Civil Veterinary Department Bihar & Orissa reports 1929-36 - 1929-1936
Year: 1929
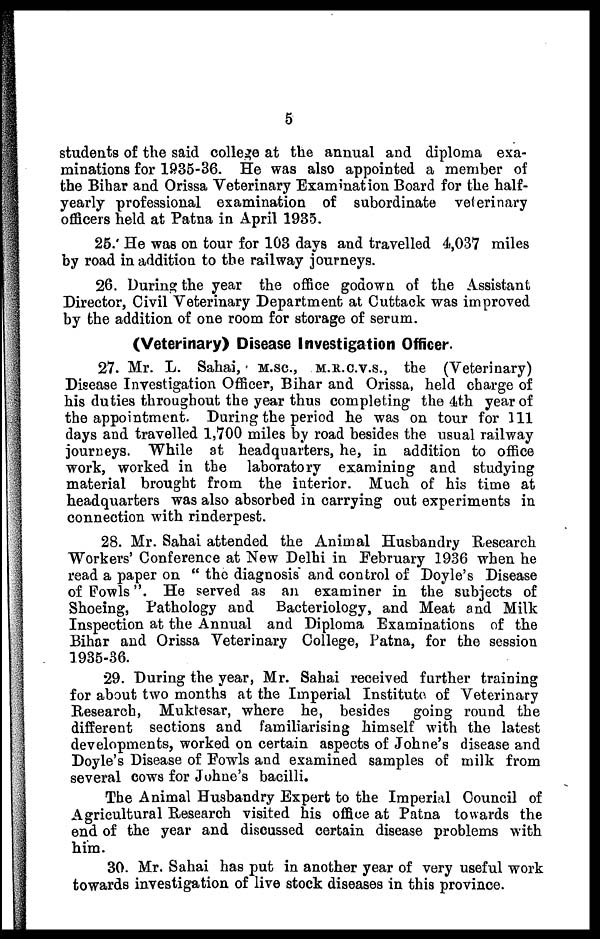
5
students of the said college at the annual and diploma exa-
minations for 1935-36. He was also appointed a member of
the Bihar and Orissa Veterinary Examination Board for the half-
yearly professional examination of subordinate veterinary
officers held at Patna in April 1935.
25. He was on tour for 103 days and travelled 4,037 miles
by road in addition to the railway journeys.
26. During the year the office godown of the Assistant
Director, Civil Veterinary Department at Cuttack was improved
by the addition of one room for storage of serum.
(Veterinary) Disease Investigation Officer.
27. Mr. L. Sahai, M.SC., M.R.C.V.S., the (Veterinary)
Disease Investigation Officer, Bihar and Orissa, held charge of
his duties throughout the year thus completing the 4th year of
the appointment. During the period he was on tour for 111
days and travelled 1,700 miles by road besides the usual railway
journeys. While at headquarters, he, in addition to office
work, worked in the laboratory examining and studying
material brought from the interior. Much of his time at
headquarters was also absorbed in carrying out experiments in
connection with rinderpest.
28. Mr. Sahai attended the Animal Husbandry Research
Workers' Conference at New Delhi in February 1936 when he
read a paper on " the diagnosis and control of Doyle's Disease
of Fowls". He served as an examiner in the subjects of
Shoeing, Pathology and Bacteriology, and Meat and Milk
Inspection at the Annual and Diploma Examinations of the
Bihar and Orissa Veterinary College, Patna, for the session
1935-36.
29. During the year, Mr. Sahai received further training
for about two months at the Imperial Institute of Veterinary
Research, Muktesar, where he, besides
going round the
different sections and familiarising himself with the latest
developments, worked on certain aspects of Johne's disease and
Doyle's Disease of Fowls and examined samples of milk from
several cows for Johne's bacilli.
The Animal Husbandry Expert to the Imperial Council of
Agricultural Research visited his office at Patna towards the
end of the year and discussed certain disease problems with
him.
30. Mr. Sahai has put in another year of very useful work
towards investigation of live stock diseases in this province.